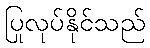
ပြုလုပ်နိုင်သည်